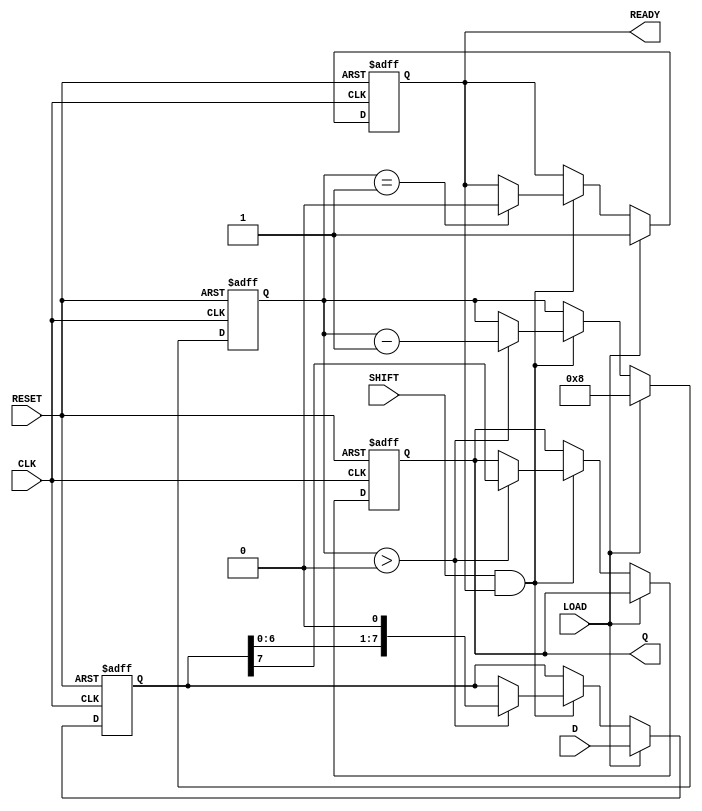
module PISO_Register #(
    parameter n = 8  // Parameter for the width of the data input
)(
    input wire [n-1:0] D,      // Parallel data input
    input wire LOAD,            // Load control signal
    input wire SHIFT,           // Shift control signal
    input wire CLK,             // Clock signal
    input wire RESET,           // Asynchronous reset signal
    output reg Q,               // Serial output
    output reg READY            // Data ready output
);

    reg [n-1:0] shift_reg;      // Shift register to hold the data
    reg [3:0] bit_count;        // Counter to track the number of bits shifted out

    always @(posedge CLK or posedge RESET) begin
        if (RESET) begin
            shift_reg <= 0;      // Clear the shift register
            Q <= 0;              // Clear the serial output
            READY <= 0;          // Clear the ready signal
            bit_count <= 0;      // Reset bit counter
        end else begin
            if (LOAD) begin
                shift_reg <= D;   // Load data into the shift register
                bit_count <= n;   // Set bit count to the width of the data
                READY <= 1;       // Indicate that data is ready to be shifted out
            end else if (SHIFT && READY) begin
                if (bit_count > 0) begin
                    Q <= shift_reg[n-1]; // Output the MSB
                    shift_reg <= {shift_reg[n-2:0], 1'b0}; // Shift right
                    bit_count <= bit_count - 1; // Decrement the bit count
                end
                if (bit_count == 1) begin
                    READY <= 0; // Clear ready signal when all bits are shifted out
                end
            end
        end
    end

endmodule